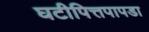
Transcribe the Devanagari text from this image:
घटीपित्तपापडा